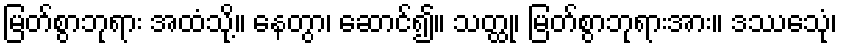
မြတ်စွာဘုရား အထံသို့။ နေတွာ၊ ဆောင်၍။ သတ္ထု၊ မြတ်စွာဘုရားအား။ ဒဿေသုံ၊